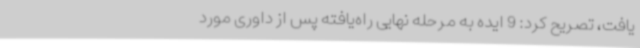
یافت، تصریح کرد: 9 ایده به مرحله نهایی راه‌یافته پس از داوری مورد